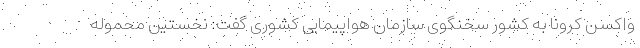
واکسن کرونا به کشور سخنگوی سازمان هواپیمایی کشوری گفت: نخستین محموله